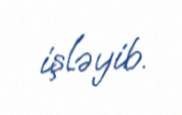
işləyib.